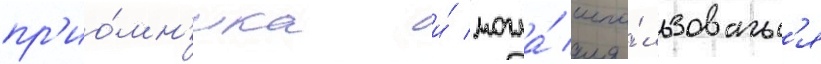
пр'ио́мн'ика и́ могла́ испо́льзоватьс'я